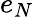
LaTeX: e_{N}